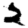
Digit: 2